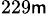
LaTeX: ^{229\mathsf{m}}